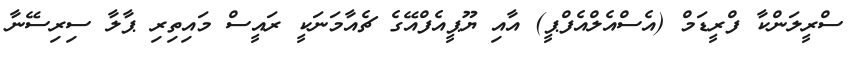
ސްރީލަންކާ ފްރީޑަމް (އެސްއެލްއެފްޕީ) އާއި ޔޫޕީއެފްއޭގެ ޗެއާމަނަކީ ރައީސް މައިތިރި ޕާލާ ސިރިސޭނާ